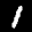
Label: 1